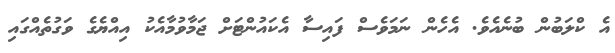
އެ ކްލަބުން ބުނެއެވެ. އެހެން ނަމަވެސް ފައިސާ އެކައުންޓަށް ޖަމާވުމާއެކު އިއްޔެގެ ވަގުތެއްގައި